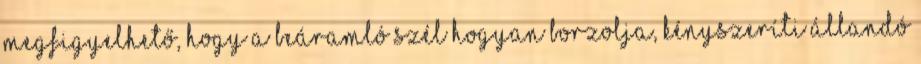
megfigyelhető, hogy a beáramló szél hogyan borzolja, kényszeríti állandó